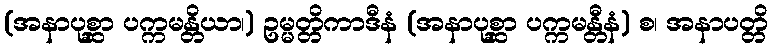
(အနာပုစ္ဆာ ပက္ကမန္တိယာ၊) ဥမ္မတ္တိကာဒီနံ (အနာပုစ္ဆာ ပက္ကမန္တီနံ) စ၊ အနာပတ္တိ